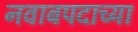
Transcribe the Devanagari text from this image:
नवाबपदाच्या